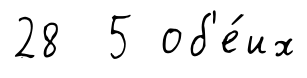
28 5 об'е́их